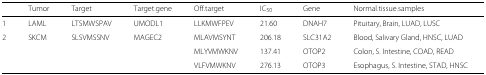
<table><thead><tr><td></td><td><b>Tumor</b></td><td><b>Target</b></td><td><b>Target.gene</b></td><td><b>Off.target</b></td><td><b>IC<sub>50</sub></b></td><td><b>Gene</b></td><td><b>Normal.tissue.samples</b></td><td></td></tr></thead><tbody><tr><td>1</td><td>LAML</td><td>LTSMWSPAV</td><td>UMODL1</td><td>LLKMWFPEV</td><td>21.60</td><td>DNAH7</td><td>Pituitary, Brain, LUAD, LUSC</td><td></td></tr><tr><td>2</td><td>SKCM</td><td>SLSVMSSNV</td><td>MAGEC2</td><td>MLAVMSYNT</td><td>206.18</td><td>SLC31A2</td><td>Blood, Salivary Gland, HNSC, LUAD</td><td></td></tr><tr><td></td><td></td><td></td><td></td><td>MLYVMWKNV</td><td>137.41</td><td>OTOP2</td><td>Colon, S. Intestine, COAD, READ</td><td></td></tr><tr><td></td><td></td><td></td><td></td><td>VLFVMWKNV</td><td>276.13</td><td>OTOP3</td><td>Esophagus, S. Intestine, STAD, HNSC</td><td></td></tr></tbody></table>